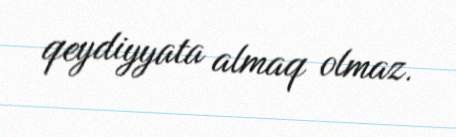
qeydiyyata almaq olmaz.